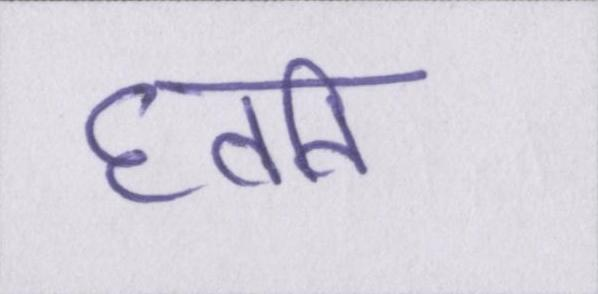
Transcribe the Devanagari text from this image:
घ्वनि